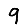
Digit: 9